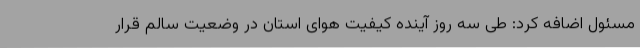
مسئول اضافه کرد: طی سه روز آینده کیفیت هوای استان در وضعیت سالم قرار